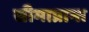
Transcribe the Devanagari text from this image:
सीमाप्रान्त